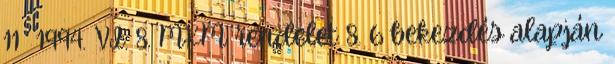
11 1994. VI. 8. MKM rendelet 8. 6 bekezdés alapján